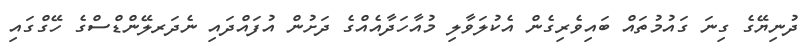
ދުނިޔޭގެ ގިނަ ގައުމުތައް ބައިވެރިގެން އެކުލަވާލި މުއާހަދާއެއްގެ ދަށުން އުފައްދައި ނެދަރލޭންޑްސްގެ ހޭގްގައި